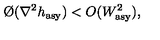
\O ( \nabla ^ { 2 } h _ { \mathrm { a s y } } ) < O ( W _ { \mathrm { a s y } } ^ { 2 } ) ,